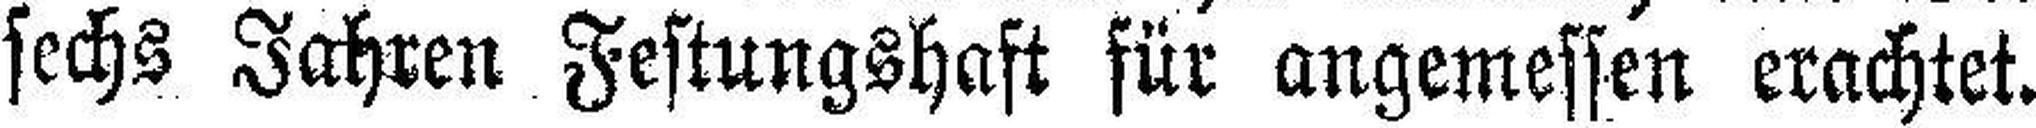
sechs Jahren Festungshaft für angemessen erachtet.